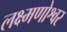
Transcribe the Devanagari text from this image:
लक्ष्मणोश्वर